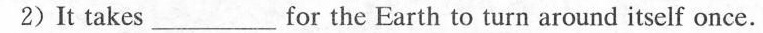
2) It takes ___ for the Earth to turn around itself once.